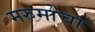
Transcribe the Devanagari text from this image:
मरुमोचा